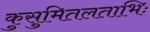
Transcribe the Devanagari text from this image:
कुसुमितलताभिः